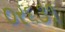
૦ર૬૩૧